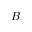
B